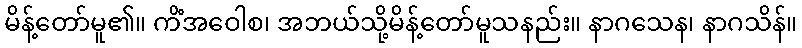
မိန့်တော်မူ၏။ ကိံအဝေါစ၊ အဘယ်သို့မိန့်တော်မူသနည်း။ နာဂသေန၊ နာဂသိန်။